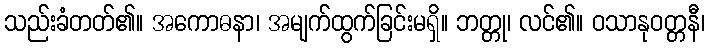
သည်းခံတတ်၏။ အကောဓနာ၊ အမျက်ထွက်ခြင်းမရှိ။ ဘတ္တု၊ လင်၏။ ဝသာနုဝတ္တနီ၊